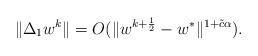
LaTeX: \begin{align*}\|\Delta_1w^k\|=O(\|{w}^{k+\frac{1}{2}}-{w}^{\ast}\|^{1+\tilde{c}\alpha}).\end{align*}